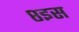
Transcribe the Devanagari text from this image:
८इस